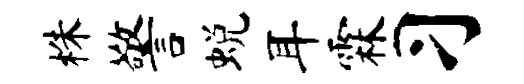
株警蜕耳霖习